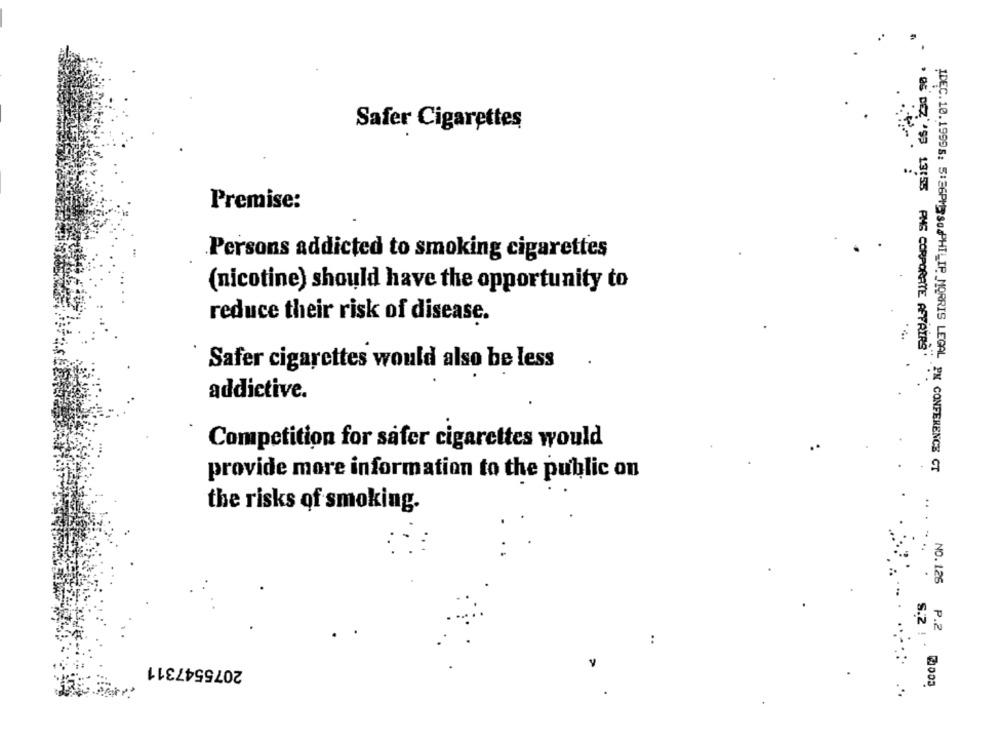
Safer Cigarettes
Premise:
Persons addicted to smoking cigarettes
(nicotine) should have the opportunity to
reduce their risk of disease.
05 DEZ''95 13:55 PMS CORPORATE AFFAIRS"
Safer cigarettes would also be less
addictive.
Competition for safer cigarettes would
provide more information to the public on
IDEC. 10. 19995: 5:36PMSodPHILIP MORRIS LEGAL PN CONFERENCE CT
the risks of smoking.
NO.125
P.2
S.2 !
..
2075547311
V
2003